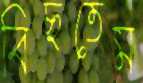
বিছতেম